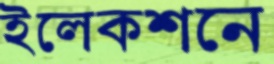
ইলেকশনে